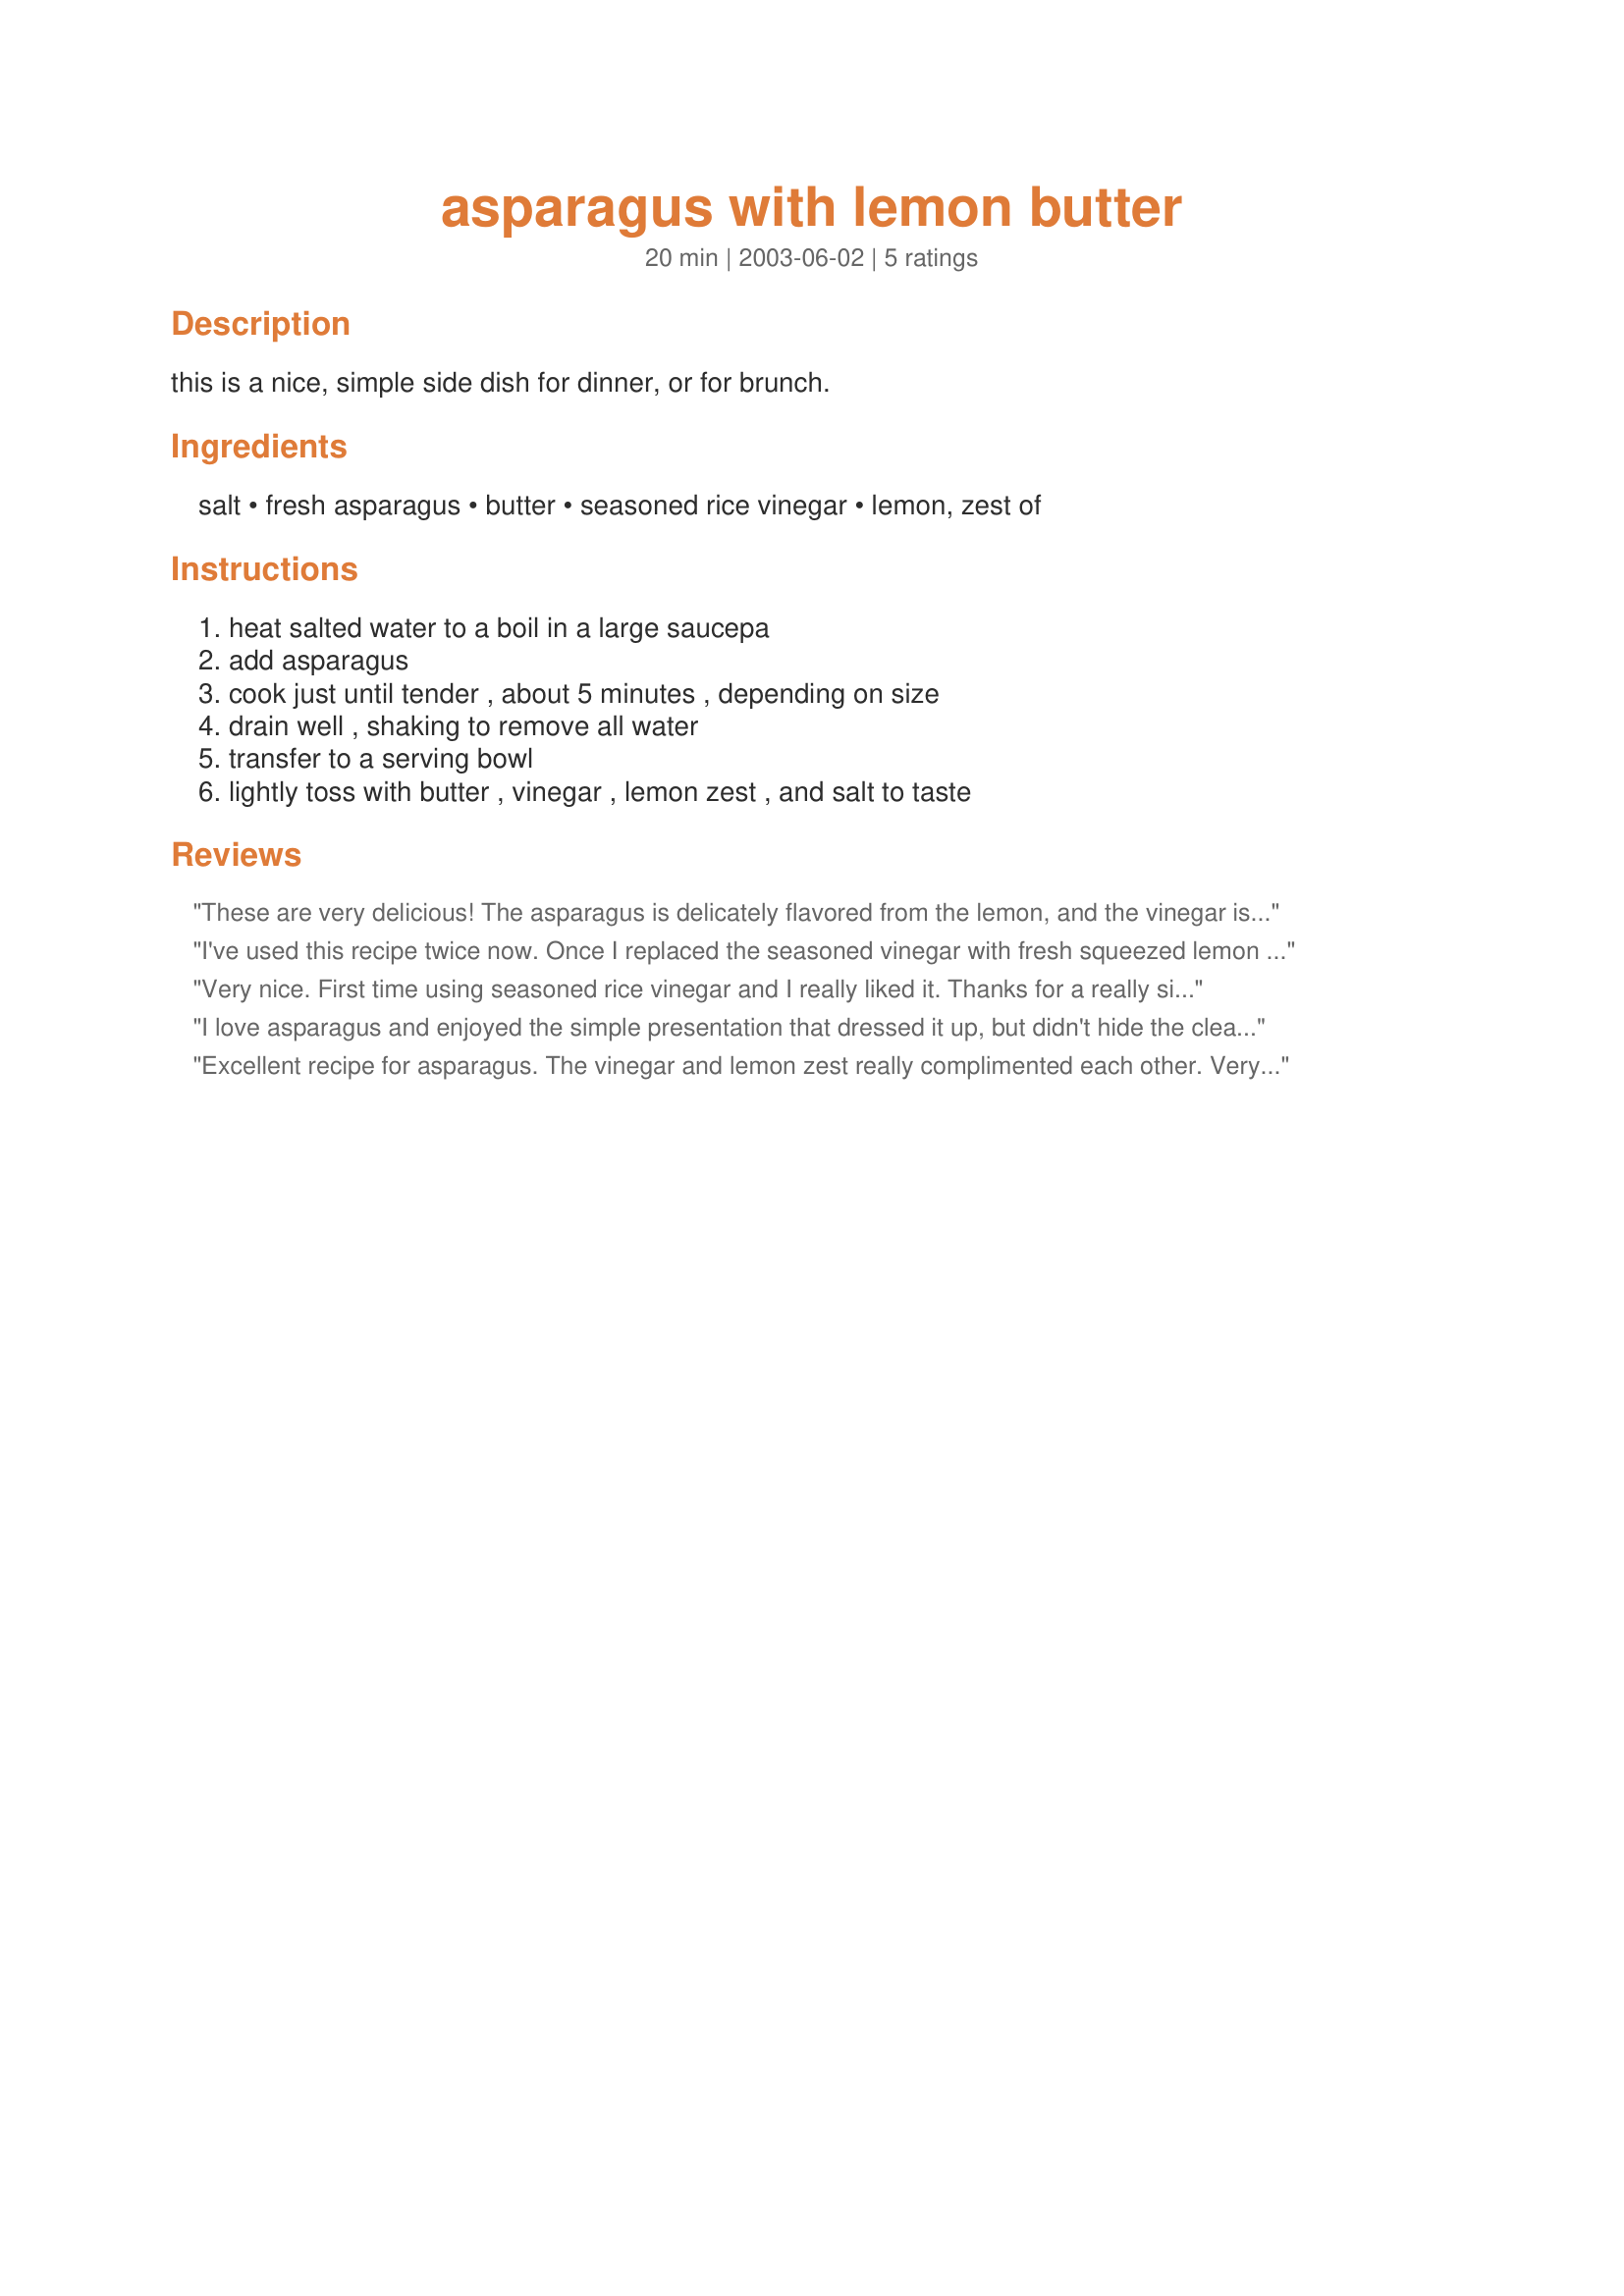
asparagus with lemon butter
Preparation time: 20 minutes

this is a nice, simple side dish for dinner, or for brunch.

Ingredients:
salt, fresh asparagus, butter, seasoned rice vinegar, lemon, zest of

Steps:
heat salted water to a boil in a large saucepa, add asparagus, cook just until tender , about 5 minutes , depending on size, drain well , shaking to remove all water, transfer to a serving bowl, lightly toss with butter , vinegar , lemon zest , and salt to taste

Reviews:
These are very delicious! The asparagus is delicately flavored from the lemon, and the vinegar is not too heavy. They are simple to make and quick, too. I cooked mine for just 4 minutes, since I like my asparagus a little crisp. I served these with baked salmon and dijon vinaigrette potatoes. Thanks for the recipe!
I've used this recipe twice now. Once I replaced the seasoned vinegar with fresh squeezed lemon and finely diced Chervil and parsley. Both times I added a few peeled rock shrimp during the last 3 minutes of cook time. Hmmmm good!
Very nice. First time using seasoned rice vinegar and I really liked it. Thanks for a really simple to prepare recipe.
I love asparagus and enjoyed the simple presentation that dressed it up, but didn't hide the clean, woodsy flavor. The addition of the rice vinegar made this recipe interesting and different from my usual butter/lemon seasonings. I sprinkled some salt on top since I always use unsalted butter. We liked it! Good recipe, HeyJude.
Excellent recipe for asparagus. The vinegar and lemon zest really complimented each other. Very quick and easy to make. I cooked for 5 minutes and served with grilled steak. Thanks for posting.
